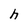
Character: h